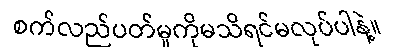
စက်လည်ပတ်မှုကိုမသိရင်မလုပ်ပါနဲ့။